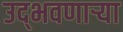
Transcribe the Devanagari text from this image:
उद्‌भवणार्‍या